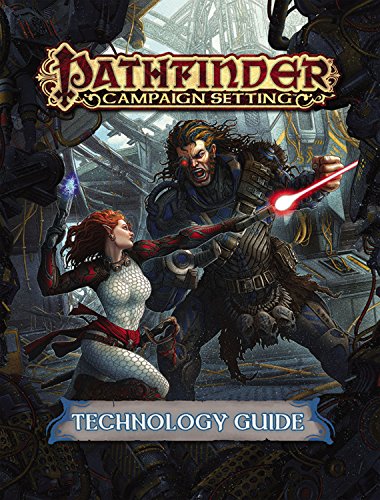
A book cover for Pathfinder Campaign Setting: Technology Guide; James Jacobs; Science Fiction & Fantasy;